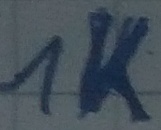
Text: 1K